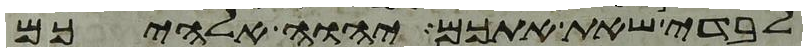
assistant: לבדי שאת אתכם יהוה אלהיכם